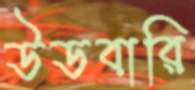
উডবারি